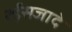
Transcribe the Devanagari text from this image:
रईसजादे